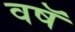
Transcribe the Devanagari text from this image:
वषॅ